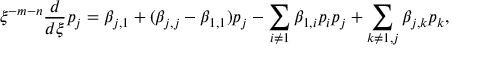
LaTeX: \xi ^ { - m - n } \frac { d } { d \xi } p _ { j } = \beta _ { j , 1 } + ( \beta _ { j , j } - \beta _ { 1 , 1 } ) p _ { j } - \sum _ { i \ne 1 } \beta _ { 1 , i } p _ { i } p _ { j } + \sum _ { k \ne 1 , j } \beta _ { j , k } p _ { k } ,